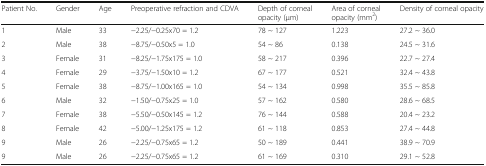
| Patient No. | Gender | Age | Preoperative refraction and CDVA | Depth of corneal opacity (μm) | Area of corneal opacity (mm2) | Density of corneal opacity |
 | --- | --- | --- | --- | --- | --- | --- |
 | 1 | Male | 33 | −2.25/−0.25x70 = 1.2 | 78 ~ 127 | 1.223 | 27.2 ~ 36.0 |
 | 2 | Male | 38 | −8.75/−0.50x5 = 1.0 | 54 ~ 86 | 0.138 | 24.5 ~ 31.6 |
 | 3 | Female | 31 | −8.25/−1.75x175 = 1.0 | 58 ~ 217 | 0.396 | 22.7 ~ 27.4 |
 | 4 | Female | 29 | −3.75/−1.50x10 = 1.2 | 67 ~ 177 | 0.521 | 32.4 ~ 43.8 |
 | 5 | Female | 38 | −8.75/−1.00x165 = 1.0 | 54 ~ 134 | 0.998 | 35.5 ~ 85.8 |
 | 6 | Male | 32 | −1.50/−0.75x25 = 1.0 | 57 ~ 162 | 0.580 | 28.6 ~ 68.5 |
 | 7 | Female | 38 | −5.50/−0.50x145 = 1.2 | 76 ~ 144 | 0.588 | 20.4 ~ 23.2 |
 | 8 | Female | 42 | −5.00/−1.25x175 = 1.2 | 61 ~ 118 | 0.853 | 27.4 ~ 44.8 |
 | 9 | Male | 26 | −2.25/−0.75x65 = 1.2 | 50 ~ 189 | 0.441 | 38.9 ~ 70.9 |
 | 9 | Male | 26 | −2.25/−0.75x65 = 1.2 | 61 ~ 169 | 0.310 | 29.1 ~ 52.8 |